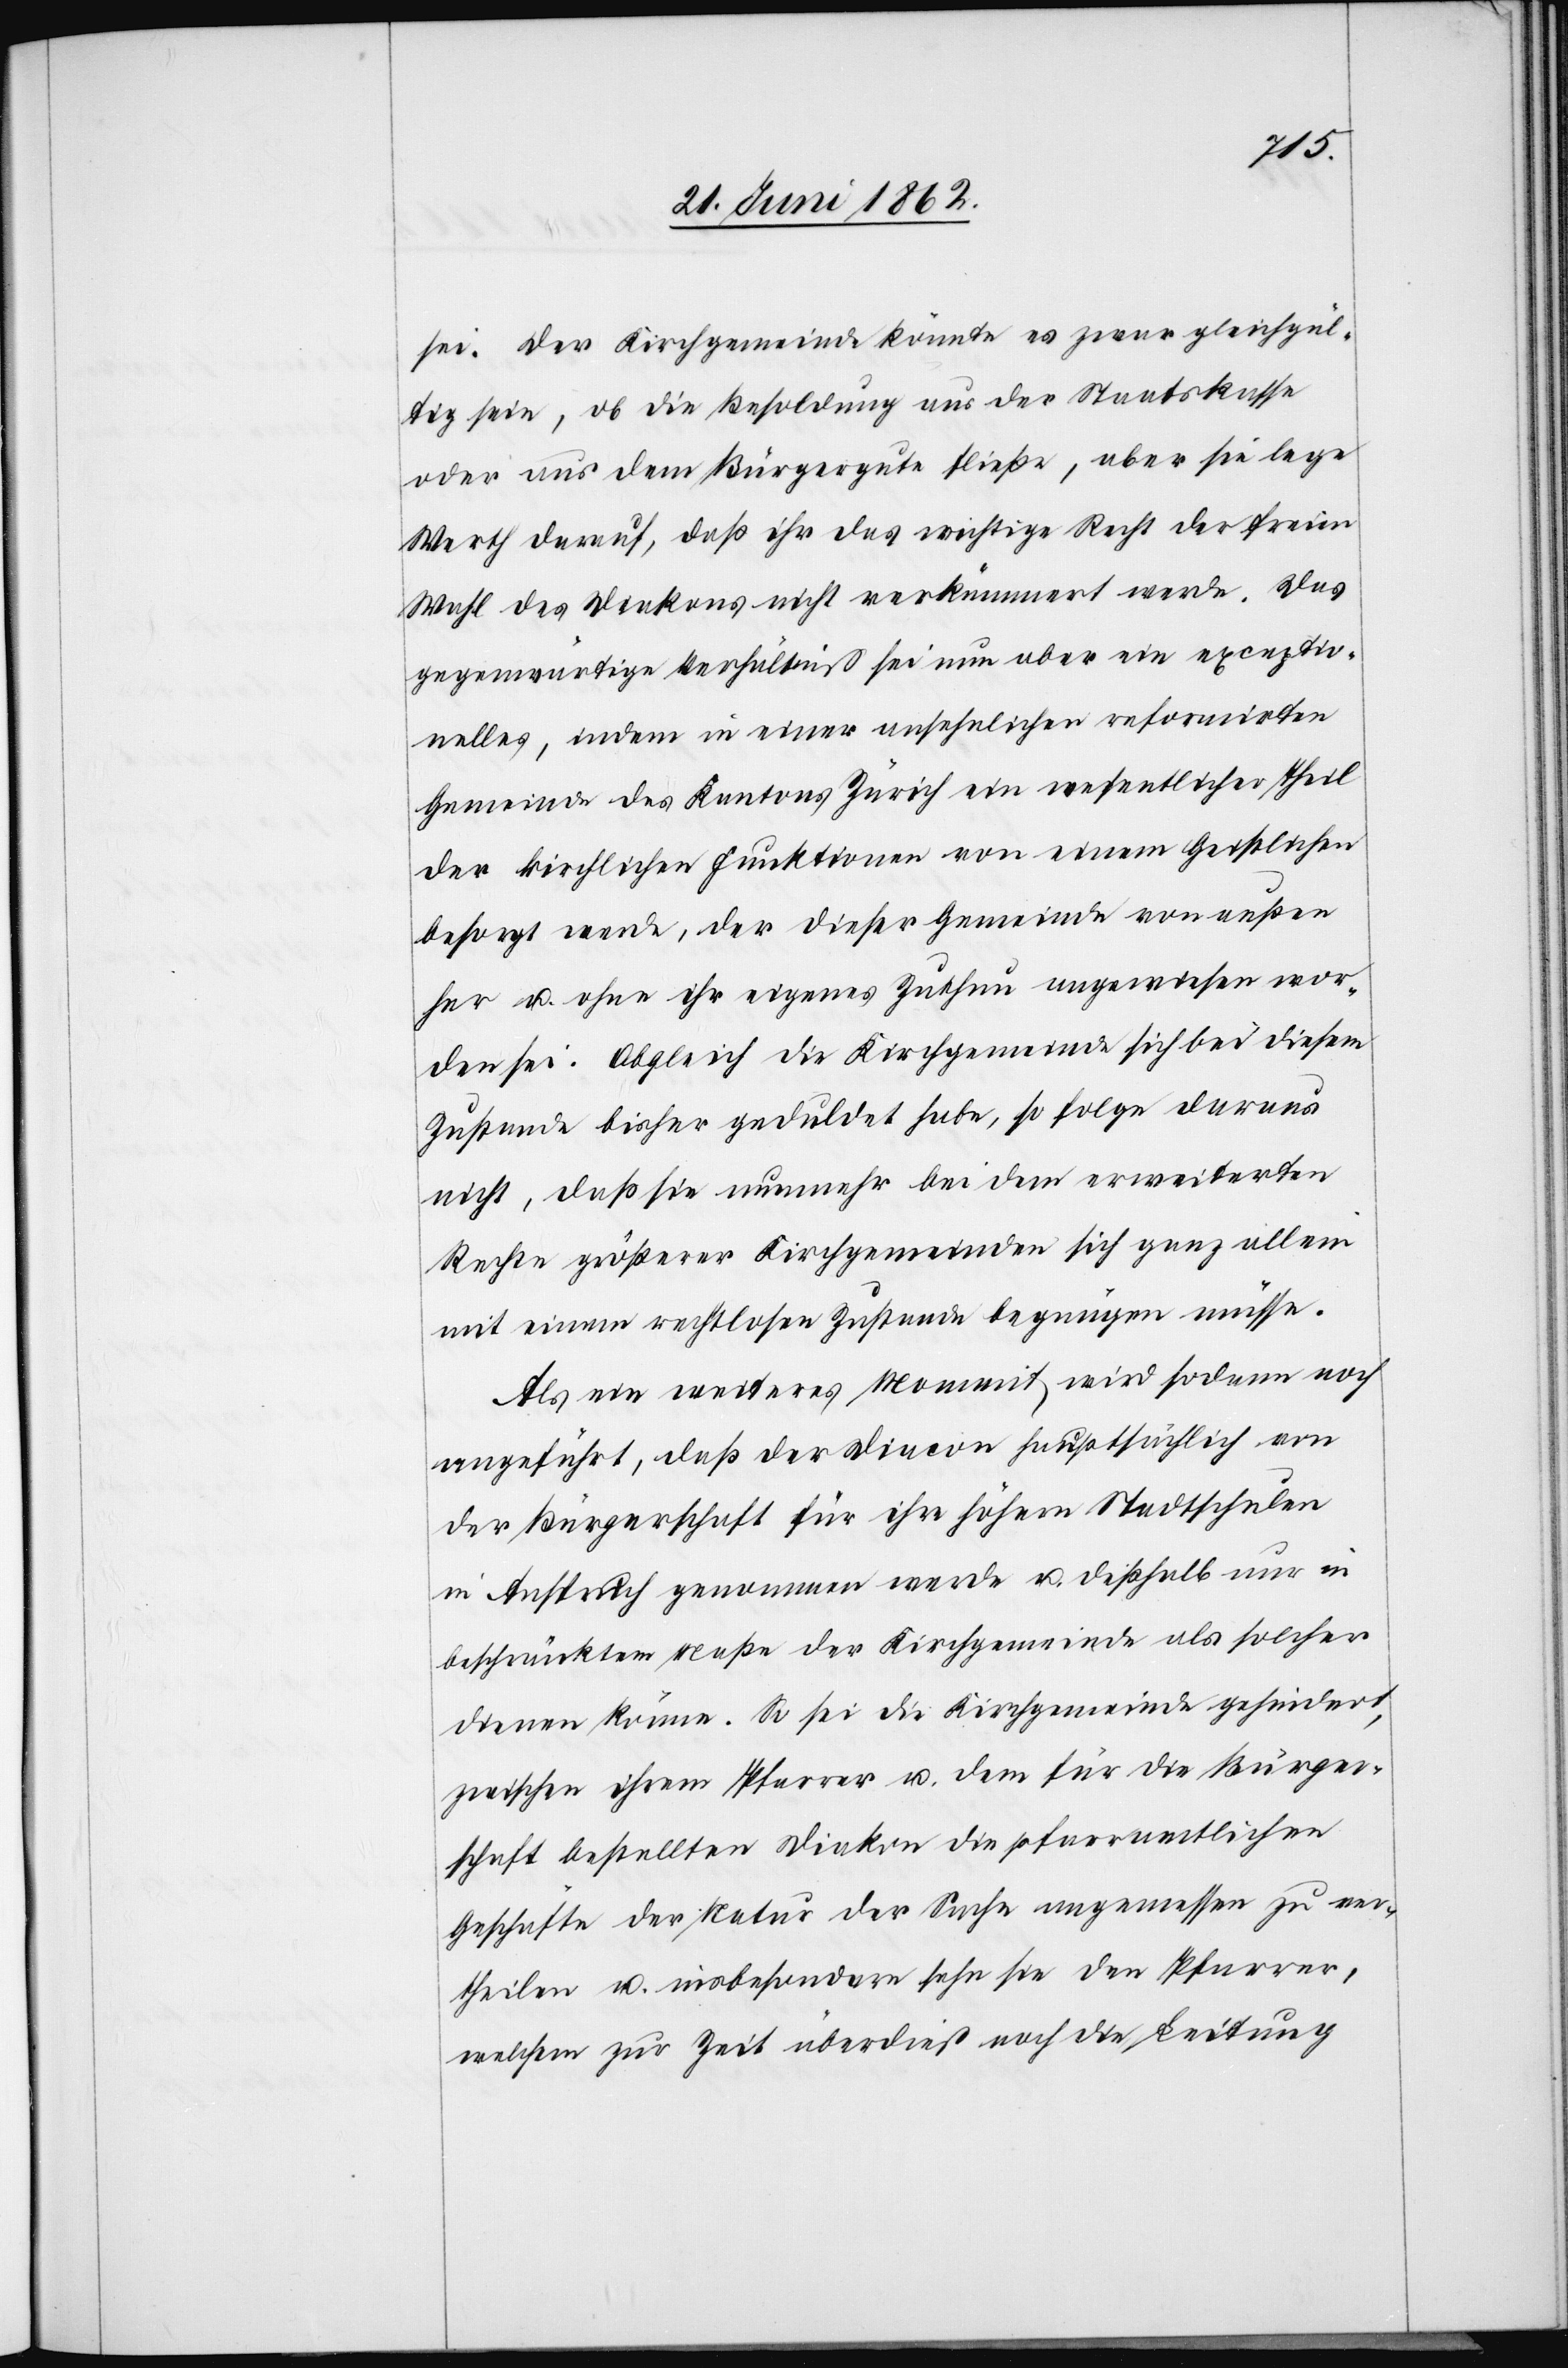
sei. Der Kirchgemeinde könnte es zwar gleichgül¬
tig sein, ob die Besoldung aus der Staatskasse
oder aus dem Bürgergute fließe, aber sie lege
Werth darauf, daß ihr das wichtige Recht der freien
Wahl des Diakons nicht verkümmert werde. Das
gegenwärtige Verhältniß sei nun aber ein exceptio¬
nelles, indem in einer ansehnlichen reformirten
Gemeinde des Kantons Zürich ein wesentlicher Theil
der kirchlichen Funktionen von einem Geistlichen
besorgt werde, der dieser Gemeinde von außen
her u. ohne ihr eigenes Zuthun angewiesen wor¬
den sei. Obgleich die Kirchgemeinde sich bei diesem
Zustande bisher geduldet habe, so folge daraus
nicht, daß sie nunmehr bei dem erweiterten
Rechte größerer Kirchgemeinden sich ganz allein
mit einem rechtlosen Zustande begnügen müsse.
Als ein weiteres Moment wird sodann noch
angeführt, daß der Diacon hauptsächlich von
der Bürgerschaft für ihre höhern Stadtschulen
in Anspruch genommen werde u. deßhalb nur in
beschränktem Maße der Kirchgemeinde als solcher
dienen könne. So sei die Kirchgemeinde gehindert,
zwischen ihrem Pfarrer u. dem für die Bürger¬
schaft bestellten Diakon die pfarramtlichen
Geschäfte der Natur der Sache angemessen zu ver¬
theilen u. insbesondere sehe sie den Pfarrer,
welchem zur Zeit überdieß noch die Leitung